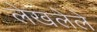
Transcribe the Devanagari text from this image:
लेखलेले